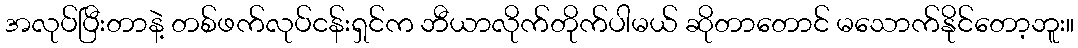
အလုပ်ပြီးတာနဲ့ တစ်ဖက်လုပ်ငန်းရှင်က ဘီယာလိုက်တိုက်ပါမယ် ဆိုတာတောင် မသောက်နိုင်တော့ဘူး။